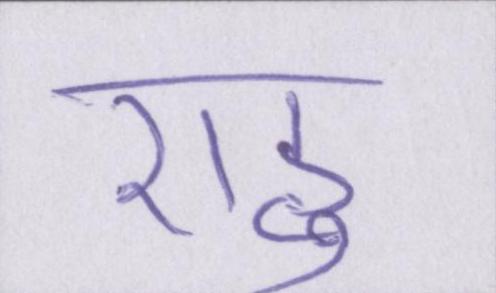
राहु